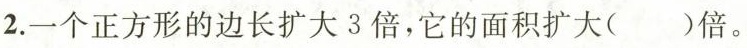
2.一个正方形的边长扩大3倍，它的面积扩大( )倍。